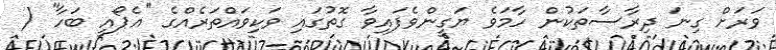
ވަރަށް ގިނަ ދިރާސާތަކުން ހާމަވެ ޔަގީންވެފައިވާ ގޮތުގައި ވަކިވައްތަރެއްގެ ''އެޕޯއީ ބަހާ'' (